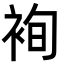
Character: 䘩